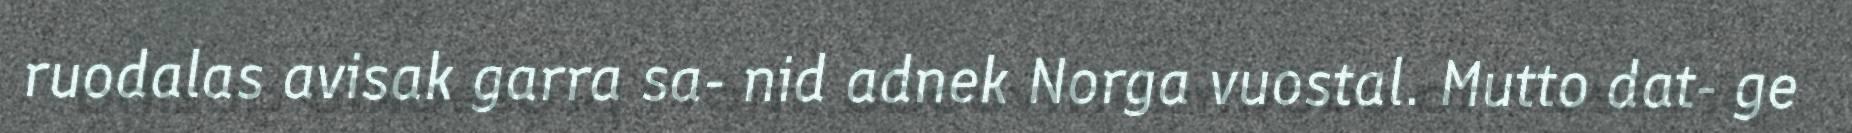
ruodalas avisak garra sa- nid adnek Norga vuostal. Mutto dat- ge